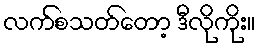
လက်စသတ်တော့ ဒီလိုကိုး။